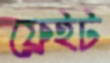
ফ্রেইট